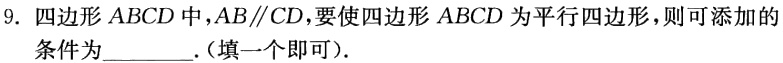
9. 四边形$ABCD$中，$AB\parallel CD$，要使四边形$ABCD$为平行四边形，则可添加的条件为______.(填一个即可).